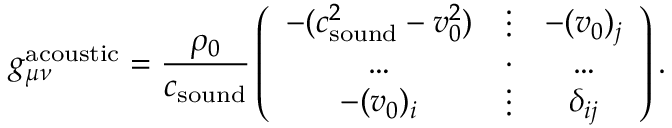
g _ { \mu \nu } ^ { \mathrm { a c o u s t i c } } = \frac { \rho _ { 0 } } { c _ { \mathrm { s o u n d } } } \left( \begin{array} { c c c } { - ( c _ { \mathrm { s o u n d } } ^ { 2 } - v _ { 0 } ^ { 2 } ) } & { \vdots } & { - ( v _ { 0 } ) _ { j } } \\ { \ldots } & { \cdot } & { \ldots } \\ { - ( v _ { 0 } ) _ { i } } & { \vdots } & { \delta _ { i j } } \end{array} \right) .